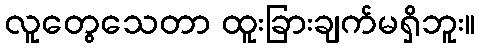
လူတွေသေတာ ထူးခြားချက်မရှိဘူး။